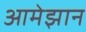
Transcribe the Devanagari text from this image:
आमेझान